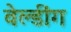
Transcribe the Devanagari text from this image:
वेल्डींग